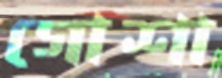
গোশা